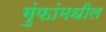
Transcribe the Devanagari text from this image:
गुंफांमधील